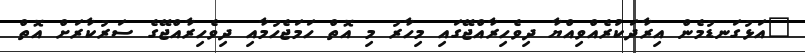
"އަޅުގަނޑުމެން އިރާދަކުރެއްވިއްޔާ ދިވެހިރާއްޖޭގައި މިހާރު މި އޮތް ހަމަޖެހުމާއި ދިވެހިރާއްޖޭގެ ސަރުކާރަށް އޮތް